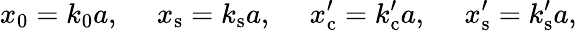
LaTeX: x_{0}=k_{0}a,\quad\; x_{\mathrm{s}}=k_{\mathrm{s}}a,\quad\; x_{\mathrm{c}}^{\prime}=k_{\mathrm{c}}^{\prime}a,\quad\; x_{\mathrm{s}}^{\prime}=k_{\mathrm{s}}^{\prime}a,